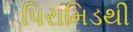
પિરામિડથી